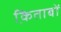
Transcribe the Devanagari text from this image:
कि़ताबों